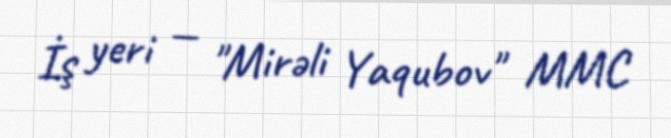
İş yeri — "Mirəli Yaqubov" MMC